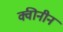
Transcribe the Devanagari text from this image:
क्वीनीन